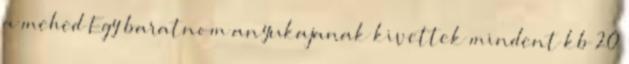
a mehed Egy baratnom anyukajanak kivettek mindent kb 20